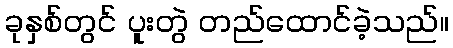
ခုနှစ်တွင် ပူးတွဲ တည်ထောင်ခဲ့သည်။